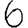
Digit: 6